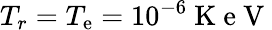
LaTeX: T_{r}=T_{\mathrm{e}}=10^{-6}\mathrm{{~K~\mathrm{e}~V~}}